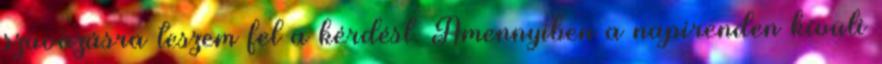
szavazásra teszem fel a kérdést. Amennyiben a napirenden kívüli